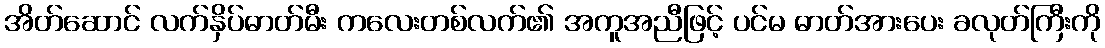
အိတ်ဆောင် လက်နှိပ်ဓာတ်မီး ကလေးတစ်လက်၏ အကူအညီဖြင့် ပင်မ ဓာတ်အားပေး ခလုတ်ကြီးကို